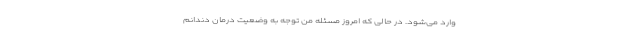
وارد می‌شود. در حالی که امروز مسئله من توجه به وضعیت درمان دندانم